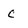
Character: c